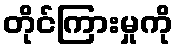
တိုင်ကြားမှုကို